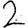
Digit: 2